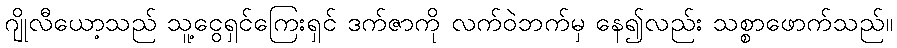
ဂျိုလီယော့သည် သူ့ငွေရှင်ကြေးရှင် ဒက်ဇာကို လက်ဝဲဘက်မှ နေ၍လည်း သစ္စာဖောက်သည်။